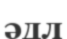
әдл